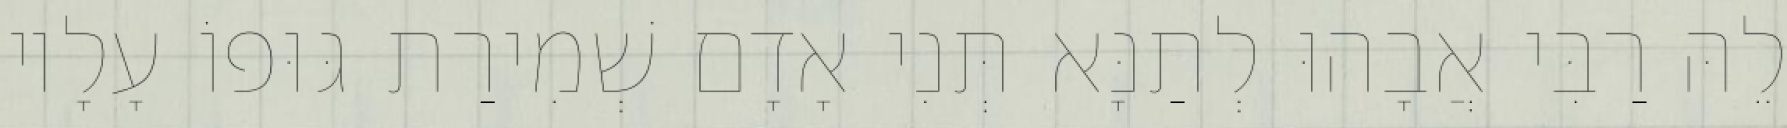
לֵהּ רַבִּי אֲבָהוּ לְתַנָּא תְּנִי אָדָם שְׁמִירַת גּוּפוֹ עָלָיו